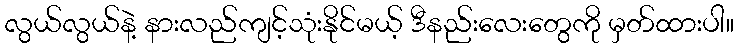
လွယ်လွယ်နဲ့ နားလည်ကျင့်သုံးနိုင်မယ့် ဒီနည်းလေးတွေကို မှတ်ထားပါ။